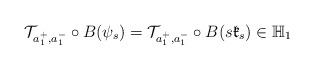
LaTeX: \begin{align*}\mathcal{T}_{a_1^+,a_1^-}\circ B(\psi_s)=\mathcal{T}_{a_1^+,a_1^-}\circ B(s\mathfrak{k}_s)\in\mathbb{H}_1\end{align*}